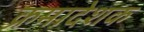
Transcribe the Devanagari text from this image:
क्रमादेशक